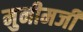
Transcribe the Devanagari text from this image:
मुनीमजी